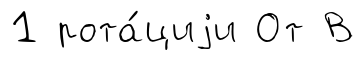
1 рота́циjи От В